Civil Veterinary Department Bihar reports 1936-40 - 1936-1940
Year: 1936
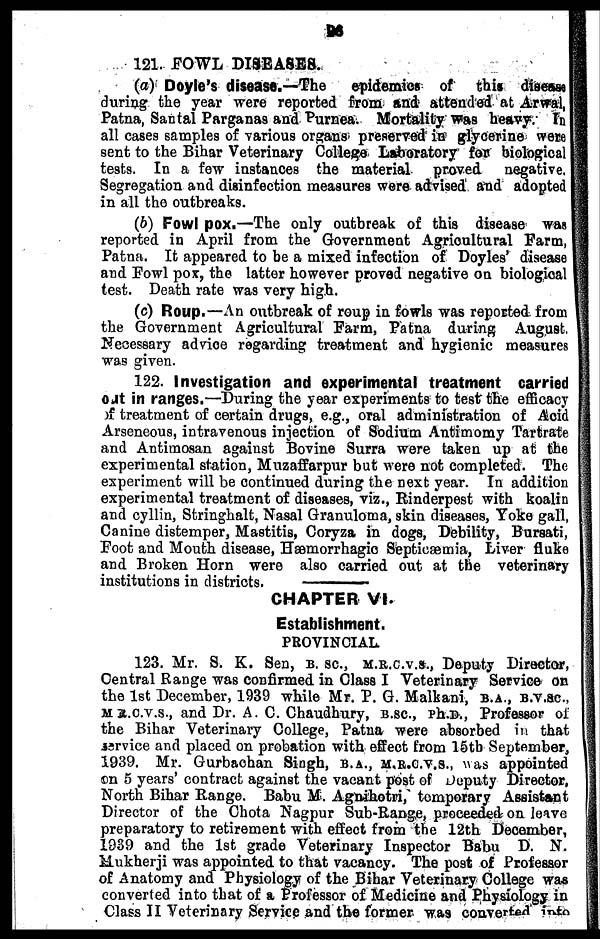
26
121. FOWL DISEASES.
(a) Doyle's disease.—The
epidemics of this diseases
during the year were reported from and attended at Arwal,
Patna, Santal Parganas and Purnea. Mortality was heavy. In
all cases samples of various organs preserved in glycerine were
sent to the Bihar Veterinary College Laboratory for biological
tests. In a few instances the material proved negative,
Segregation and disinfection measures were advised and adopted
in all the outbreaks.
(b) Fowl pox.—The only outbreak of this disease was
reported in April from the Government Agricultural Farm,
Patna. It appeared to be a mixed infection of Doyles' disease
and Fowl pox, the latter however proved negative on biological
test. Death rate was very high.
(c) Roup.—An outbreak of roup in fowls was reported from
the Government Agricultural Farm, Patna during August.
Necessary advice regarding treatment and hygienic measures
was given.
122. Investigation and experimental treatment carried
out in ranges.—During the year experiments to test the efficacy
of treatment of certain drugs, e.g., oral administration of Acid
Arseneous, intravenous injection of Sodium Antimomy Tartrate
and Antimosan against Bovine Surra were taken up at the
experimental station, Muzaffarpur but were not completed. The
experiment will be continued during the next year. In addition
experimental treatment of diseases, viz., Rinderpest with koalin
and cyllin, Stringhalt, Nasal Granuloma, skin diseases, Yoke gall,
Canine distemper, Mastitis, Coryza in dogs, Debility, Bursati,
Foot and Mouth disease, Hæmorrhagic Septicæmia, Liver fluke
and Broken Horn were also carried out at the veterinary
institutions in districts.
CHAPTER VI.
Establishment.
PROVINCIAL
123. Mr. S. K. Sen, B. SC., M.R.C.V.S., Deputy Director,
Central Range was confirmed in Class I Veterinary Service on
the 1st December, 1939 while Mr. P. G. Malkani,B.A., B.V.SC., M A.C
m a.c.v.s., and Dr. A. C. Chaudhury, B.SC., Ph.D., Professor of
the Bihar Veterinary College, Patna were absorbed in that
service and placed on probation with effect from 15th September,
1939. Mr. Gurbachan Singh, b.a., m.r.c.v.s., was appointed
on 5 years' contract against the vacant post of Deputy Director,
North Bihar Range. Babu M. Agnihotri, temporary Assistant
Director of the Chota Nagpur Sub-Range, proceeded on leave
preparatory to retirement with effect from the 12th December,
1939 and the 1st grade Veterinary Inspector Babu D. N.
Mukherji was appointed to that vacancy. The post of Professor
of Anatomy and Physiology of the Bihar Veterinary College was
converted into that of a Professor of Medicine and Physiology in
Class II Veterinary Service and the former wa9 converted into